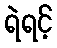
ရဲရင့်